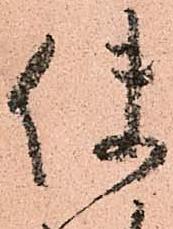
使